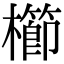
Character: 櫛